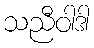
သညီဝါဒါ